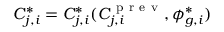
C _ { j , i } ^ { * } = C _ { j , i } ^ { * } ( C _ { j , i } ^ { \mathrm { ~ p ~ r ~ e ~ v ~ } } , \phi _ { g , i } ^ { * } )